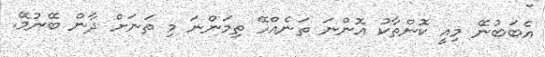
އެބަބުނޭ މިއީ ކޮންތާކު އޮންނަ ތަނެއްހޭ ތިމަންނަ މި ތަނަށް ދާން ބޭނުމޭ.